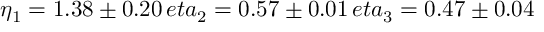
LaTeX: \eta _ { 1 } = 1 . 3 8 \pm 0 . 2 0 \, e t a _ { 2 } = 0 . 5 7 \pm 0 . 0 1 \, e t a _ { 3 } = 0 . 4 7 \pm 0 . 0 4